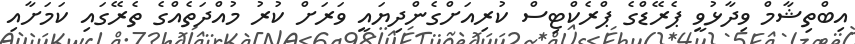
އިބްތިޝާމް ވިދާޅުވީ ޕެރޭޑްގެ ޕްރެކްޓިސް ކުރިއަށްގެންދިޔައީ ވަރަށް ކުރު މުއްދަތެއްގެ ތެރޭގައި ކަމަށާއި